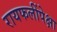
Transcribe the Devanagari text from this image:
रायफलींपेक्षा